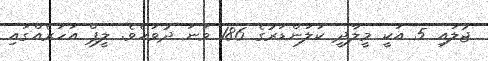
ޖުލައި 5 އަކީ މީލާދީ ކަލަންޑަރުގެ 186 ވަނަ ދުވަހެވެ. ލީޕް އަހަރެއްގައި